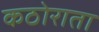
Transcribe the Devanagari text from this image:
कठोराता